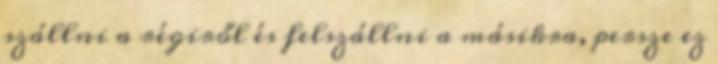
szállni a régiről és felszállni a másikra, persze ez